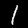
Digit: 1